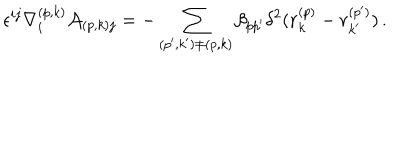
\epsilon ^ { i j } \nabla _ { i } ^ { ( p , k ) } { \cal A } _ { ( p , k ) j } = - \sum _ { ( p ^ { \prime } , k ^ { \prime } ) \neq ( p , k ) } \beta _ { p p ^ { \prime } } \delta ^ { 2 } ( { \bf r } _ { k } ^ { ( p ) } - { \bf r } _ { k ^ { \prime } } ^ { ( p ^ { \prime } ) } ) \, .